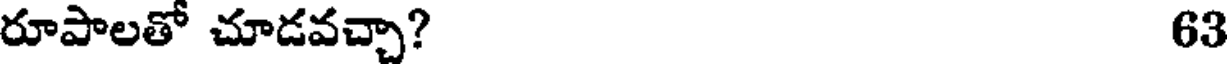
రూపాలతో చూడవచ్చా? 63